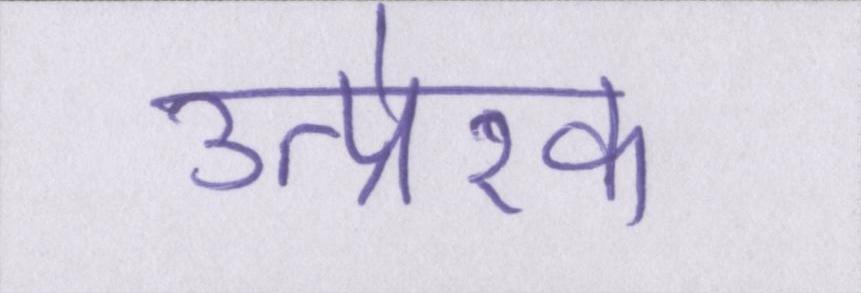
उत्प्रेरक